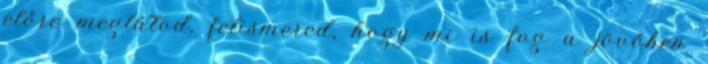
előre meglátod, felismered, hogy mi is fog a jö­vőben